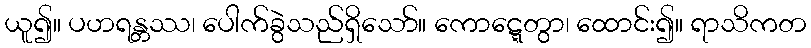
ယူ၍။ ပဟရန္တဿ၊ ပေါက်ခွဲသည်ရှိသော်။ ကောဋ္ဋေတွာ၊ ထောင်း၍။ ရာသိကတ